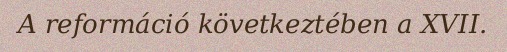
A reformáció következtében a XVII.